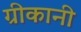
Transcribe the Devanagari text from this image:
ग्रीकानी